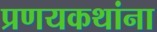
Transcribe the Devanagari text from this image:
प्रणयकथांना